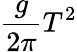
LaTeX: {\frac{g}{2\pi}}T^{2}